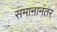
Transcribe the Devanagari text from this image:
समानानंतर